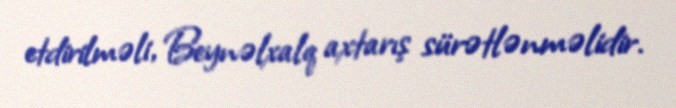
etdirilməli, Beynəlxalq axtarış sürətlənməlidir.